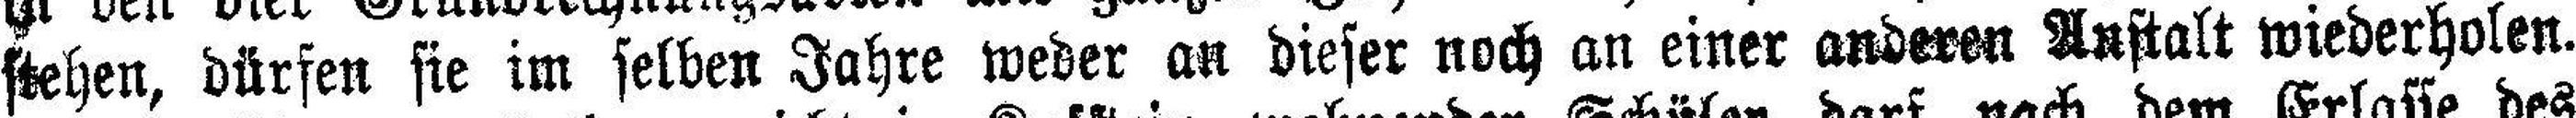
stehen, dürfen sie im selben Jahre weder an dieser noch an einer anderen Anstalt wiederholen.